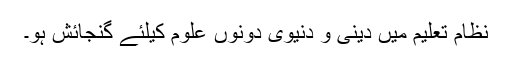
نظام تعلیم میں دینی و دنیوی دونوں علوم کیلئے گنجائش ہو۔